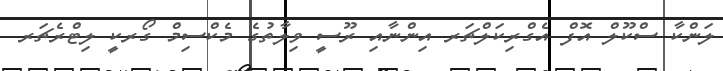
ލަންކާ ސްކޫލް އޮފް އެގްރިކަލްޗަރ އިންނާއި ރޫސީ ވިލާތުގެ މެކްސިމް ގޯރކީ ލިޓްރެޗަރ